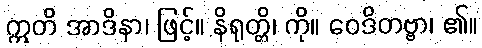
ဣတိ အာဒိနာ၊ ဖြင့်။ နိရုတ္တိ၊ ကို။ ဝေဒိတဗ္ဗာ၊ ၏။